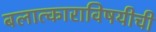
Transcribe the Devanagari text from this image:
बलात्काराविषयीची